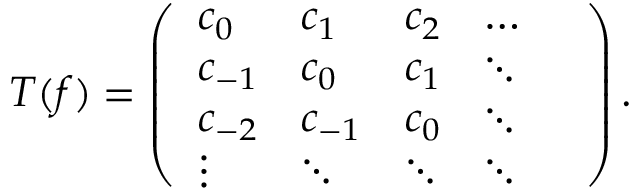
\begin{array} { r } { T ( f ) = \left( \begin{array} { l l l l l } { c _ { 0 } } & { c _ { 1 } } & { c _ { 2 } } & { \dots } & { } \\ { c _ { - 1 } } & { c _ { 0 } } & { c _ { 1 } } & { \ddots } \\ { c _ { - 2 } } & { c _ { - 1 } } & { c _ { 0 } } & { \ddots } \\ { \vdots } & { \ddots } & { \ddots } & { \ddots } \end{array} \right) . } \end{array}